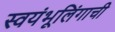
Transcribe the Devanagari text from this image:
स्वयंभूलिंगाची